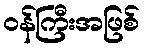
ဝန်ကြီးအဖြစ်